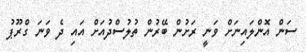
ސަން އޮންލައިނަށް ވަނީ ރަށުން ބޭރުން ތުލުސްދުއަށް އައި ދެ ވަނަ ގްރޫޕު